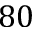
8 0